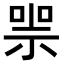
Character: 𠸱